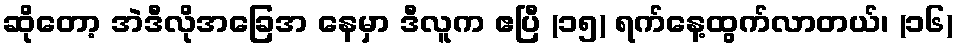
ဆိုတော့ အဲဒီလိုအခြေအ နေမှာ ဒီလူက ဧပြီ (၁၅) ရက်နေ့ထွက်လာတယ်၊ (၁၆)